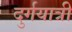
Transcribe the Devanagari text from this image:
दुर्गयात्री